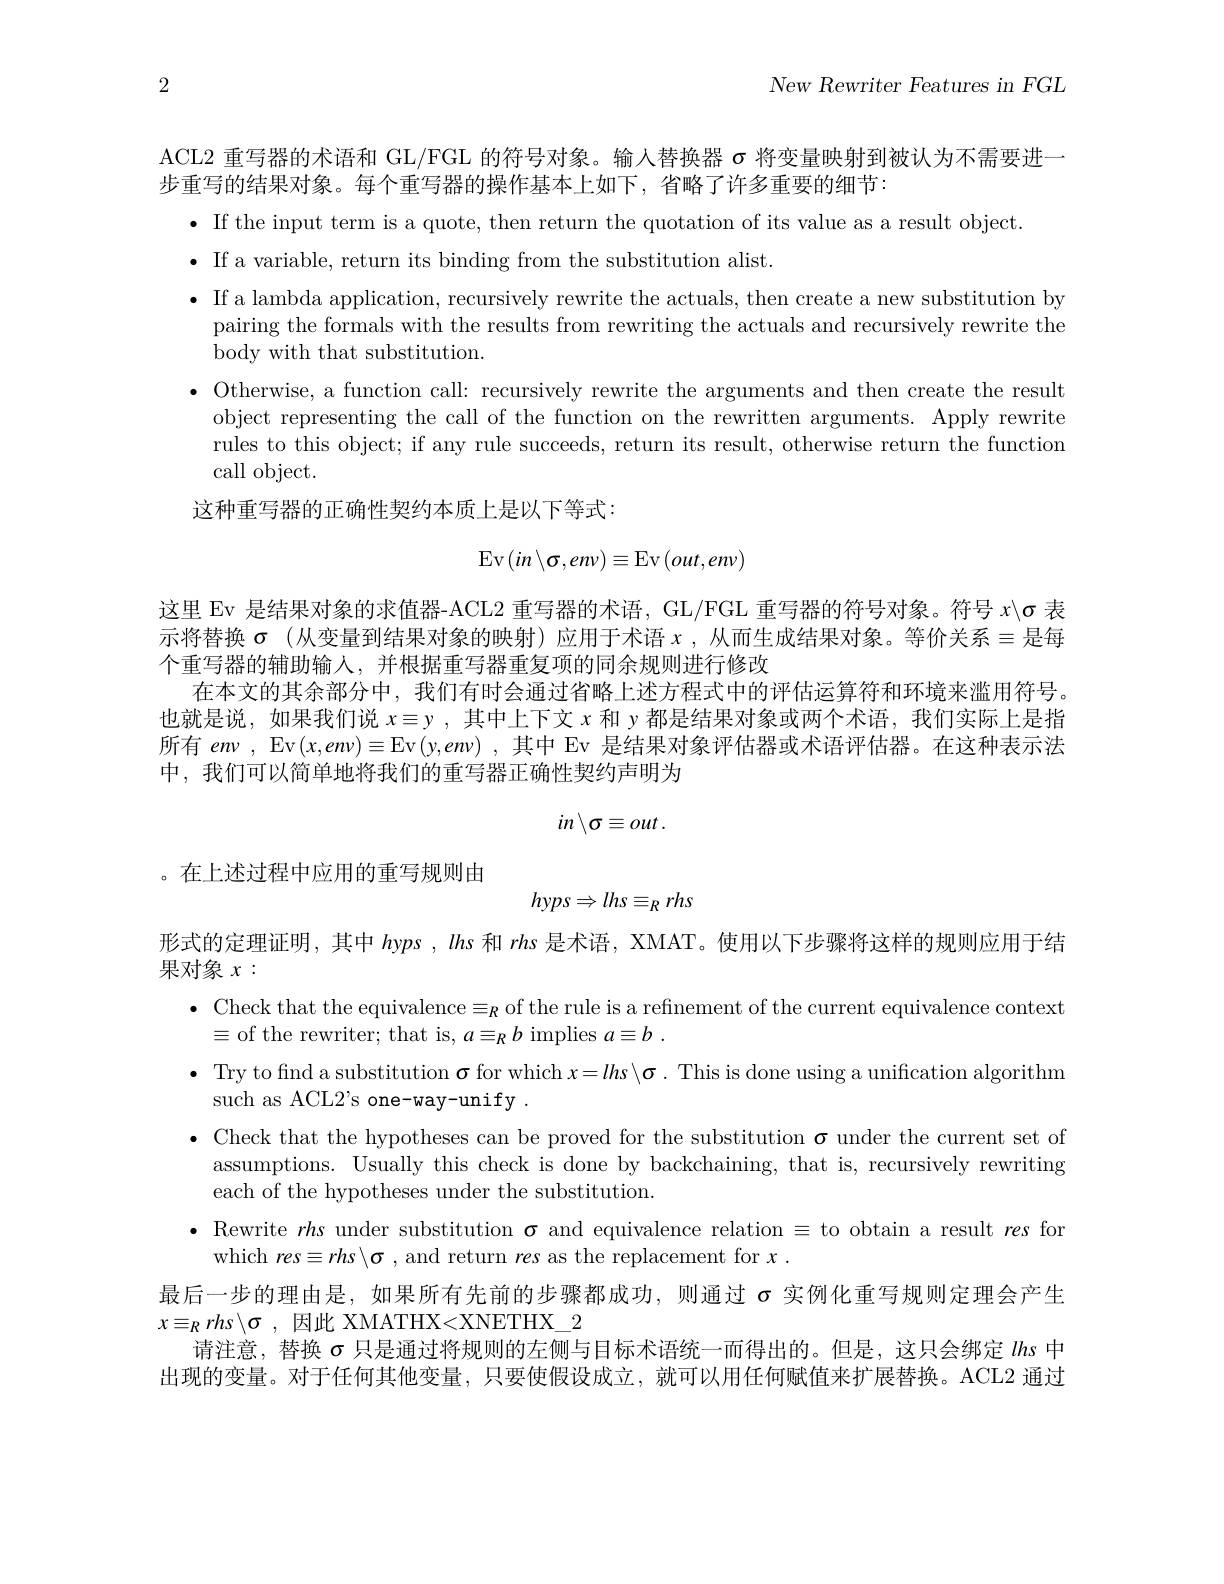
2

New Rewriter Features in FGL

ACL2 重写器的术语和 GL/FGL 的符号对象。输入替换器$\sigma$将变量映射到被认为不需要进一
步重写的结果对象。每个重写器的操作基本上如下，省略了许多重要的细节：
$\bullet$ If the input term is a quote, then return the quotation of its value as a result object
$\bullet$ If a variable, return its binding from the substitution alist.
$\bullet$ If a lambda application, recursively rewrite the actuals, then create a new substitution by
pairing the formals with the results from rewriting the actuals and recursively rewrite the
body with that substitution.
$\bullet$ Otherwise, a function call: recursively rewrite the arguments and then create the result
object representing the call of the function on the rewritten arguments. Apply rewrite rules to this object; if any rule succeeds, return its result, otherwise return the function call object.

这种重写器的正确性契约本质上是以下等式：
$$\mathrm{Ev}\left(in\setminus\sigma,en\nu\right)\equiv\mathrm{Ev}\left(out,en\nu\right)$$
这里 Ev 是结果对象的求值器-ACL2 重写器的术语，GL/FGL 重写器的符号对象。符号$x\backslash\sigma$表示将替换 $\sigma$ (从变量到结果对象的映射)应用于术语 $x$ ,从而生成结果对象。等价关系$\equiv$是每个重写器的辅助输入，并根据重写器重复项的同余规则进行修改
在本文的其余部分中，我们有时会通过省略上述方程式中的评估运算符和环境来滥用符号。也就是说，如果我们说$x\equiv y$,其中上下文$x$和 у 都是结果对象或两个术语，我们实际上是指所有$en\nu$, Ev$(x,env)\equiv$Ev$(y,env)$,其中 Ev 是结果对象评估器或术语评估器。在这种表示法中，我们可以简单地将我们的重写器正确性契约声明为
$$in\setminus\sigma\equiv out\:.$$
。在上述过程中应用的重写规则由
$$hyps\Rightarrow lhs\equiv_Rrhs$$
形式的定理证明，其中$h$yps, lhs和rhs是术语，XMAT。使用以下步骤将这样的规则应用于结
果对象$x:$
$\bullet$ Check that the equivalence$\equiv_R$of the rule is a refinement of the current equivalence context
$\equiv$of the rewriter; that is, $a\equiv_Rb$ implies $a\equiv b.$
$\bullet$ Try tofind a substitution $\sigma$ for which $x=lhs\backslash\sigma.$ This is done using a unification algorithm
such as ACL2's one-way-unify .
$\bullet$ Check that the hypotheses can be proved for the substitution $\sigma$ under the current set of
assumptions. Usually this check is done by backchaining, that is, recursively rewriting
each of the hypotheses under the substitution.
$\bullet$ Rewrite rhs under substitution $\sigma$ and equivalence relation $\equiv$ to obtain a result res for
which $res\equiv rhs\backslash\sigma$, and return res as the replacement for $x.$
最后一步的理由是，如果所有先前的步骤都成功，则通过$\sigma$实例化重写规则定理会产生
$x\equiv _{R}rhs$ $\backslash \sigma$ , $因 此$ $XMATHX< XNETHX\_ 2$
请注意，替换$\sigma$只是通过将规则的左侧与目标术语统一而得出的。但是，这只会绑定lhs中出现的变量。对于任何其他变量，只要使假设成立，就可以用任何赋值来扩展替换。ACL2 通过